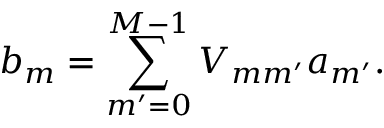
b _ { m } = \sum _ { m ^ { \prime } = 0 } ^ { M - 1 } V _ { m m ^ { \prime } } a _ { m ^ { \prime } } .